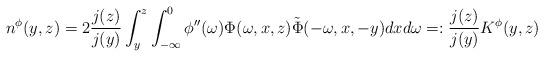
LaTeX: \begin{align*}n^{\phi}(y,z)=2\frac{j(z)}{j(y)}\int_{y}^{z}\int_{-\infty}^{0} \phi''(\omega)\Phi(\omega,x,z)\tilde{\Phi}(-\omega,x,-y)dxd\omega =:\frac{j(z)}{j(y)}K^{\phi}(y,z)\end{align*}